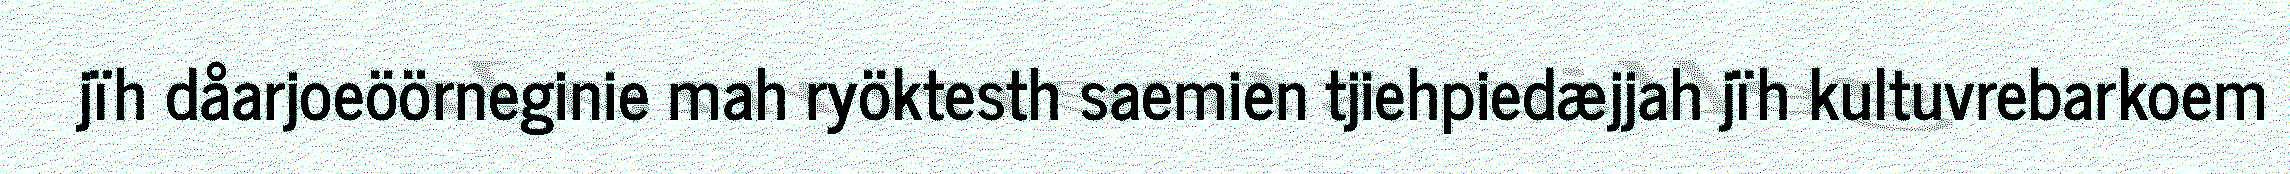
jïh dåarjoeöörneginie mah ryöktesth saemien tjiehpiedæjjah jïh kultuvrebarkoem